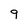
Character: 9